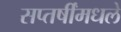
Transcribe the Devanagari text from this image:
सप्तर्षींमधले